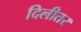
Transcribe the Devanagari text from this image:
दिलीतर